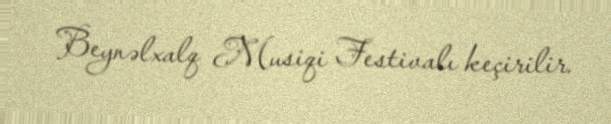
Beynəlxalq Musiqi Festivalı keçirilir.